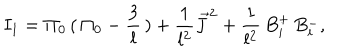
LaTeX: I _ { 1 } = \Pi _ { 0 } \, ( \, \Pi _ { 0 } - \frac { 3 } { l } \, ) + \frac { 1 } { l ^ { 2 } } \vec { J } ^ { 2 } + \frac { 1 } { l ^ { 2 } } \, B _ { i } ^ { + } \, B _ { i } ^ { - } ,